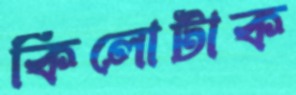
কিলোটাক